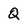
Character: Q